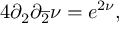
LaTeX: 4 \partial _ { 2 } \partial _ { \overline { { { 2 } } } } \nu = e ^ { 2 \nu } ,